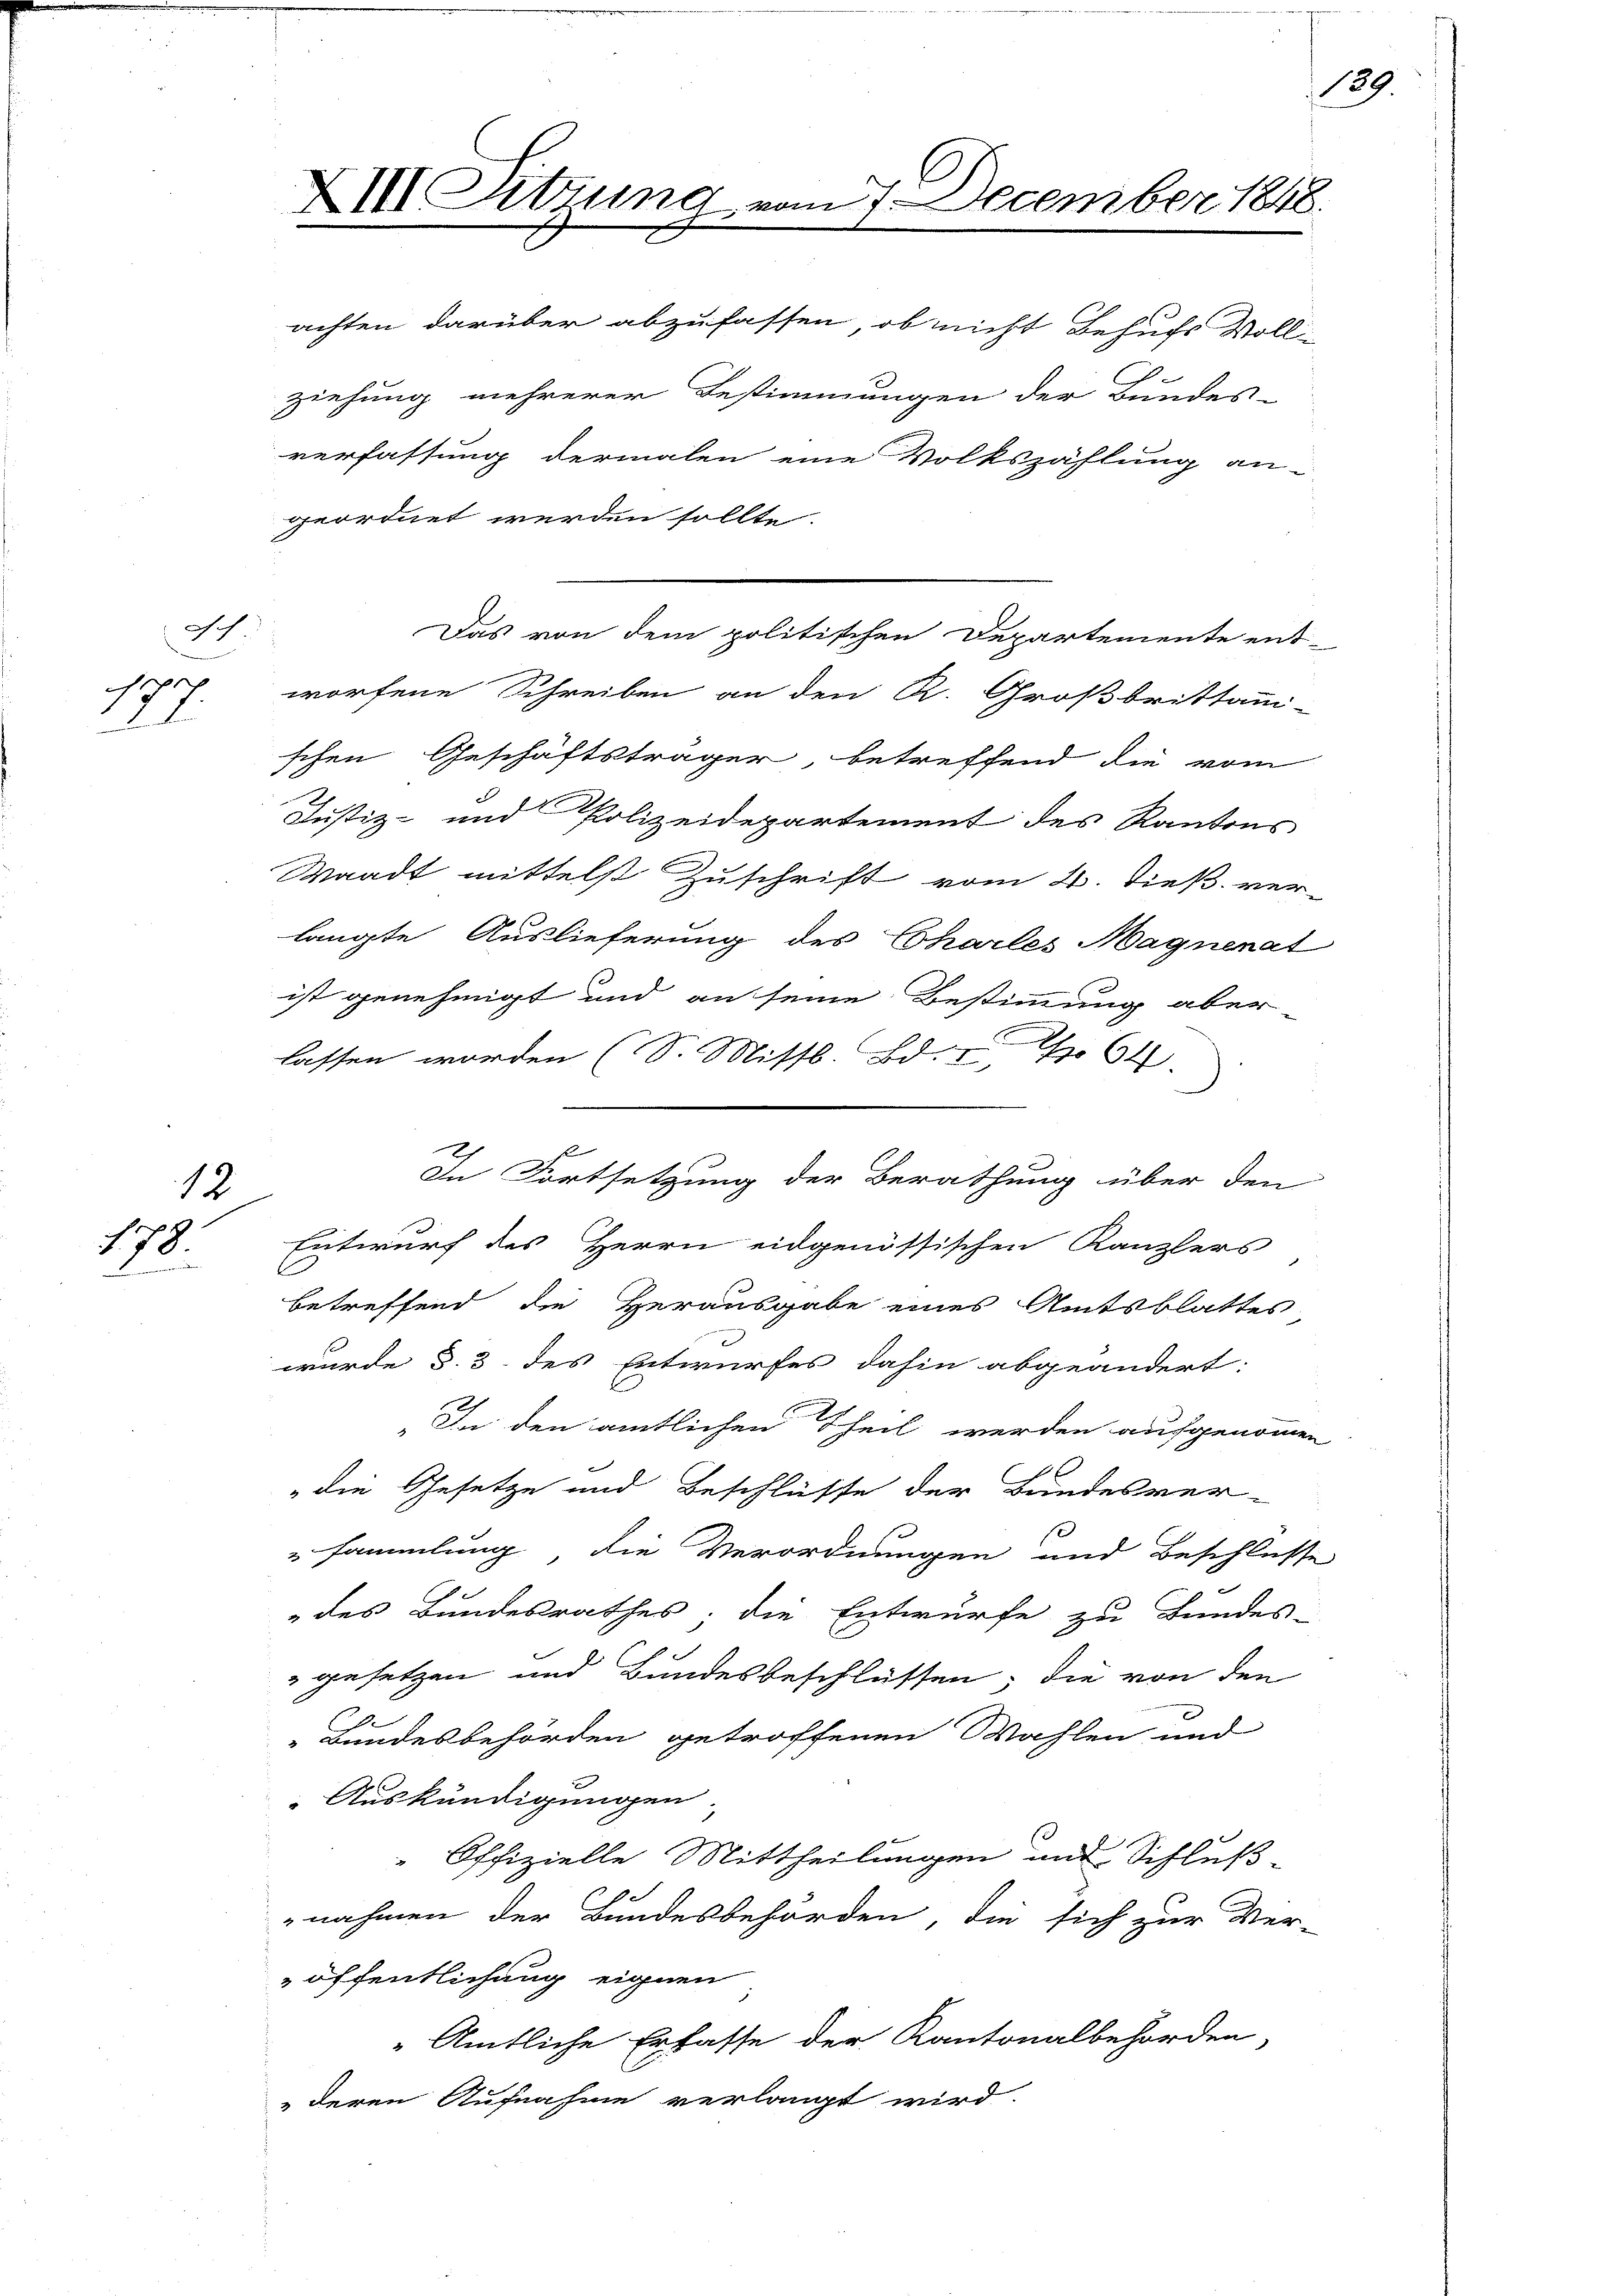
Ich
17.

12
178.

XIII. Litzung vom 7. December 1848.

achten darüber abzufassen, ob nicht Behufs Voll-

Das von dem politischen Departemente ent-
worfene Schreiben an den R. Großbrittanni-
schen Geschäftsträger betreffend die vom
Justiz- und Polizeidepartement des Kantons
Waadt mittelst Zuschrift vom 4. dieß ver-
langte Auslieferung des Charles Magnenat
ist genehmigt und an seine Bestimmung aber-
lassen worden (S. Missl Bd. 64
Entwurf des Herrn eidgenössischen Kanzlers
betreffend die Herausgabe eines Amtsblattes
wurde §. 3. des Entwurfes dahin abgeändert:
„In den amtlichen Theil werden aufgenommen
" die Gesetze und Beschlüsse der Bundesversammlung, die Verordnungen und Beschlusse
des Bundesrathes, die Entwurfe zu Bundes-
" gesetzen und Bundesbeschlüssen, die von den
2
Bundesbehörden getroffenen Wahlen und
Auskündigungen
" Offizielle Mittheilungen und Schluß-
nahmen der Bundesbehörden, die sich zur Ver-
öffentlichung eignen
" Amtliche Erfasse der Kantonalbehörden,
„deren Aufnahme verlangt wird.

ziehung mehrerer Bestimmungen der Bundes-
verfassung dermalen eine Volkszählung an-
geordnet werden sollte.

f
In Fortsetzung der Berathung über den

189